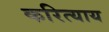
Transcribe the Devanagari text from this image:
करित्याय